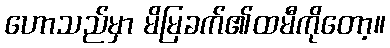
ဟောသည်မှာ မိမြခက်၏ထမီကိုတော့။